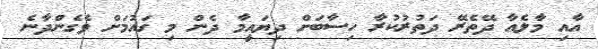
އާއި މާލެއާ ދޭތެރޭ ދަތުރުކުރާ ހިސާބަށް ދިޔައީމާ ދެން މި ގައުމަށް ވެގެންދާނެ